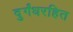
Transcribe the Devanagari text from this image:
दुर्गंधरहित